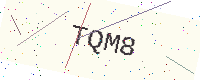
Text: TQM8